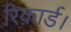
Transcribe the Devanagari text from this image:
रिकार्ड।